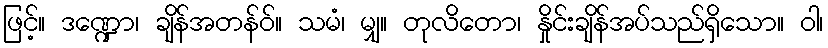
ဖြင့်။ ဒဏ္ဍော၊ ချိန်အတန်ဝ်။ သမံ၊ မျှ။ တုလိတော၊ နှိုင်းချိန်အပ်သည်ရှိသော။ ဝါ၊